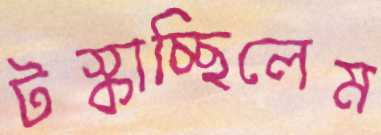
টস্‌কাচ্ছিলেম